Vaccination in Bombay 1869-1873 - 1869-1873
Year: 1869
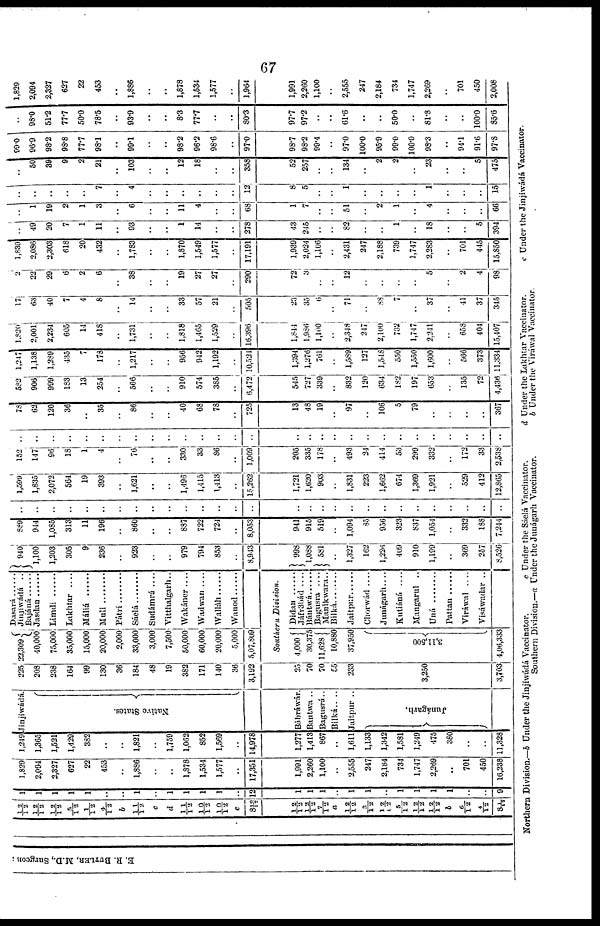
67
E. R. BUTLER, M.D., Surgeon;
12/12
12/13
12/12
5/12
1/12
4/12
b
11/12
c
d
11/12
10/12
10/12
c
8 10/12
12/12
12/12
7/12
a
12/12
3/12
12/12
5/12
12/12
12/12
b
6/12
4/12
8 1/12
1
1
1
1
1
..
..
..
..
1
1
1
1
..
12
1
1
1
..
..
..
..
..
..
..
1
..
..
9
1,829
2,094
2,327
627
22
453
..
1,886
..
..
1,878
1,534
1,577
..
17,351
1,991
2,260
1,100
..
2,555
247
2,184
734
1,747
2,269
..
701
450
16,238
1,249
1,365
1,521
1,429
382
..
..
1,821
..
1,759
1,062
852
1,569
..
14,978
1,277
1,413
867
..
1,611
1,133
1,342
1,581
1,249
475
380
..
..
11,328
Jinjíwádá.
Native States.
Bábráwár.
Bantwa ..
Bagusrá..
Bilká....
Jaitpur ..
Junágarh.
225
208
238
164
99
130
36
184
48
19
382
171
140
36
3,192
25
70
70
55
233
3,250
3,703
22,309
40,000
75,000
35,000
15,000
20,000
2,000
33,000
3,000
7,500
50,000
60,000
20,000
5,000
5,07,809
Dasará ......
Jinjiwádá ..
Bajáná ......
Jasdan
Limdi ......
Lakhtar ....
Máliá ......
Muli ........
Pátri
Súelá ........
Sudámrá ....
Vitthalgarh..
Wakáner ....
Wadwan ....
Walláh
Wanod
Southern
Division.
4,000
30,375
11,628
10,880
37,950
3,11,500
4,06,333
Didan
Jáfr3bád ....
Bántwá
Bagusra ....
Manikwara ..
Bilká
Jaitpur
Chorwád ....
Junágarh .....
Kutiáná ....
Mangarul ..
Uná
Pattan
Viráwal
....
Visáwadar ..
940
1,100
1,203
305
9
236
..
923
..
..
979
794
853
..
8,943
998
1,088
581
..
1,327
162
1,226
409
910
1,199
..
369
257
8,526
889
914
1,085
313
11
196
..
860
..
..
887
722
724
..
8,053
941
915
519
..
1,094
85
956
323
837
1,054
..
332
188
7,244
..
..
..
..
..
..
..
..
..
..
..
..
..
..
..
..
..
..
..
..
..
..
..
..
..
..
..
..
..
1,599
1,835
2,072
564
19
393
..
1,621
..
..
1,496
1,415
1,413
..
15,262
1,721
1,620
903
..
1,831
223
1,662
674
1,369
1,921
..
529
412
12,865
152
147
96
18
1
4
..
76
..
..
330
33
86
..
1,009
205
335
178
..
493
24
414
53
299
332
..
172
33
2,538
..
..
..
..
..
..
..
..
..
..
..
..
..
..
..
..
..
..
..
..
..
..
..
..
..
..
..
..
..
78
62
120
36
..
35
..
86
..
..
40
68
78
..
725
13
48
10
..
97
..
106
5
79
..
..
..
..
367
582
906
999
183
13
254
..
566
..
..
910
574
385
..
6,472
545
727
339
..
832
120
634
182
197
653
..
135
72
4,436
1,247
1,138
1,289
435
7
178
..
1,217
..
..
956
942
1,192
..
10,524
1,394
1,276
761
..
1,589
127
1,548
550
1,550
1,600
..
566
373
11,334
1,820
2,001
2,234
605
14
418
..
1,731
..
..
1,818
1,465
1,529
..
16,396
1,844
1,986
1,100
..
2,348
247
2,100
732
1,747
2,241
..
658
404
15,407
17
63
40
7
4
8
..
14
..
..
33
57
21
..
505
23
35
6
..
71
..
88
7
..
37
..
41
37
345
2
22
20
6
2
6
..
38
..
..
19
27
27
..
290
72
3
..
..
12
..
..
..
..
5
..
2
4
98
1,839
2,086
2,303
618
20
432
..
1,783
..
..
1,870
1,549
1,577
..
17,191
1,939
2,024
1,106
..
2,431
247
2,188
739
..
2,283
..
701
445
15,850
..
49
20
7
1
11
..
93
..
..
1
14
..
..
278
43
245
..
..
82
..
..
1
..
18
..
..
5
394
..
1
19
2
1
3
..
6
..
..
11
4
..
..
68
1
7
..
..
51
..
2
1
..
4
..
..
..
66
..
..
..
..
..
7
..
4
..
..
..
..
..
12
8
5
..
..
1
..
..
..
..
1
..
..
..
15
..
50
39
9
2
21
..
103
..
..
12
18
..
..
358
52
257
..
..
134
2
2
..
23
..
..
5
475
99.0
96.9
98.2
98.8
77.7
98.1
..
99.1
..
..
98.2
96.2
98.6
..
97.0
98.7
98.2
99.4
..
97.0
100.0
95.9
99.0
100.0
98.3
..
94.1
91.6
97.8
..
98.0
51.2
77.7
50.0
78.5
..
93.9
..
..
8.3
77.7
..
..
80.3
97.7
97.2
..
..
61.6
..
..
50.0
..
81.8
..
..
100.0
85.6
1,829
2,094
2,327
627
22
453
..
1,886
..
..
1,878
1,534
1,577
..
1,964
1,991
2,260
1,100
..
2,555
247
2,184
734
1,747
2,269
..
701
450
2,008
Northern Division.—b Under the Jinjíwádá Vaccinator.
c Under the Sáelá Vaccinator.
Southern Division.—a Under the Junágarh Vaccinator.
d Under the Lukhtar Vaccinator.
b Under the Viráwal Vaccinator.
c Under the Jinjíwáda Vaccinator.